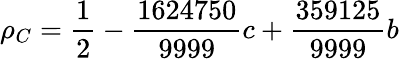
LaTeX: \rho_{C}=\frac{1}{2}-\frac{1624750}{9999}c+\frac{359125}{9999}b